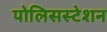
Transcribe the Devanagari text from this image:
पोलिसस्टेशन